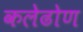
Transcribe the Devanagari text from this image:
कलेढोण